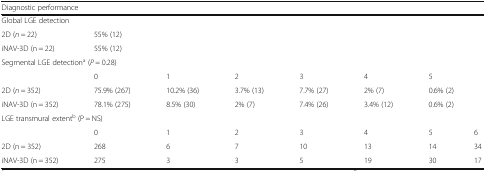
<table><thead><tr><td colspan="8"><b>Diagnostic performance</b></td></tr></thead><tbody><tr><td colspan="8">Global LGE detection</td></tr><tr><td>2D (<i>n</i> = 22)</td><td colspan="7">55% (12)</td></tr><tr><td>iNAV-3D (n = 22)</td><td colspan="7">55% (12)</td></tr><tr><td colspan="8">Segmental LGE detection<sup>a</sup> (<i>P</i> = 0.28)</td></tr><tr><td></td><td>0</td><td>1</td><td>2</td><td>3</td><td>4</td><td colspan="2">5</td></tr><tr><td>2D (<i>n</i> = 352)</td><td>75.9% (267)</td><td>10.2% (36)</td><td>3.7% (13)</td><td>7.7% (27)</td><td>2% (7)</td><td colspan="2">0.6% (2)</td></tr><tr><td>iNAV-3D (n = 352)</td><td>78.1% (275)</td><td>8.5% (30)</td><td>2% (7)</td><td>7.4% (26)</td><td>3.4% (12)</td><td colspan="2">0.6% (2)</td></tr><tr><td colspan="8">LGE transmural extent<sup>b</sup> (P = NS)</td></tr><tr><td></td><td>0</td><td>1</td><td>2</td><td>3</td><td>4</td><td>5</td><td>6</td></tr><tr><td>2D (n = 352)</td><td>268</td><td>6</td><td>7</td><td>10</td><td>13</td><td>14</td><td>34</td></tr><tr><td>iNAV-3D (n = 352)</td><td>275</td><td>3</td><td>3</td><td>5</td><td>19</td><td>30</td><td>17</td></tr></tbody></table>